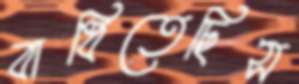
বাধিতেছিস